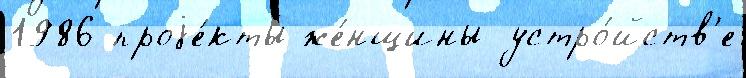
1986 проjе́кты же́нщины устро́йств'е